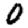
Digit: 0